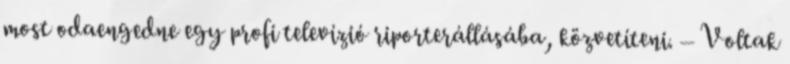
most odaengedne egy profi televízió riporterállásába, közvetíteni. – Voltak